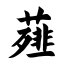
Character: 薤